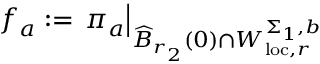
f _ { a } : = \left. \pi _ { a } \right\vert _ { \widehat { B } _ { r _ { 2 } } ( 0 ) \cap W _ { \mathrm { l o c } , r } ^ { \Sigma _ { 1 } , b } }